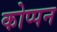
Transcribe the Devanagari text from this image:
कोप्पन